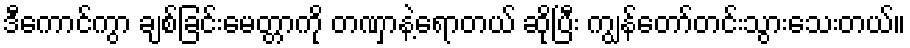
ဒီကောင်ကွာ ချစ်ခြင်းမေတ္တာကို တဏှာနဲ့ရောတယ် ဆိုပြီး ကျွန်တော်တင်းသွားသေးတယ်။